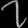
Digit: ၇